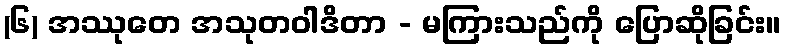
(၆) အဿုတေ အသုတဝါဒိတာ - မကြားသည်ကို ပြောဆိုခြင်း။